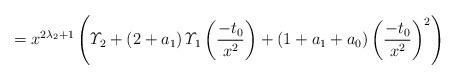
LaTeX: \begin{align*}=x^{2\lambda_{2}+1}\left(\varUpsilon_{2}+\left(2+a_{1}\right)\varUpsilon_{1}\left(\frac{-t_{0}}{x^{2}}\right)+\left(1+a_{1}+a_{0}\right)\left(\frac{-t_{0}}{x^{2}}\right)^{2}\right)\end{align*}